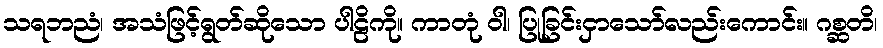
သရဘညံ၊ အသံဖြင့်ရွတ်ဆိုသော ပါဠိကို။ ကာတုံ ဝါ၊ ပြုခြင်းငှာသော်လည်းကောင်း။ ဂစ္ဆတိ၊